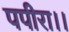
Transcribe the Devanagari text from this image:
पपीरा।।